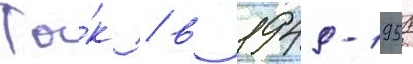
Та́к / в 1949-1951